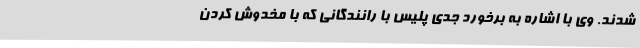
شدند. وی با اشاره به برخورد جدی پلیس با رانندگانی که با مخدوش کردن